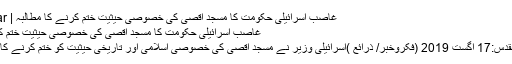
غاصب اسرائیلی حکومت کا مسجد اقصیٰ کی خصوصی حیثیت ختم کرنے کا مطالبہ | FikroKhabar
غاصب اسرائیلی حکومت کا مسجد اقصیٰ کی خصوصی حیثیت ختم کرنے کا مطالبہ
مقبوضہ بیت المقدس:17 اگست 2019 (فکروخبر/ ذرائع )اسرائیلی وزیر نے مسجد اقصیٰ کی خصوصی اسلامی اور تاریخی حیثیت کو ختم کرنے کا مطالبہ کیا ہے۔